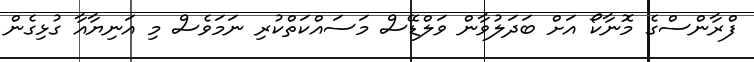
ފްރާންސްގެ މޮނާކޯ އަށް ބަދަލުވާން ވަލްޑޭސް މަސައްކަތްކުރި ނަމަވެސް މި އަނިޔާއާ ގުޅިގެން